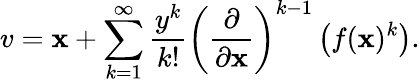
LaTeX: v=\mathbf{x}+\sum_{k=1}^{\infty}{\frac{{y^{k}}}{{k!}}}\left({\frac{{\partial}}{{\partial\mathbf{x}}}}\right)^{k-1}\left(f(\mathbf{x})^{k}\right).